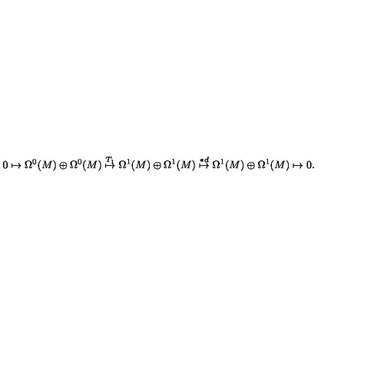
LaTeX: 0 \mapsto \Omega ^ { 0 } ( M ) \oplus \Omega ^ { 0 } ( M ) \stackrel { T _ { 1 } } { \mapsto } \Omega ^ { 1 } ( M ) \oplus \Omega ^ { 1 } ( M ) \stackrel { * d } { \mapsto } \Omega ^ { 1 } ( M ) \oplus \Omega ^ { 1 } ( M ) \mapsto 0 .